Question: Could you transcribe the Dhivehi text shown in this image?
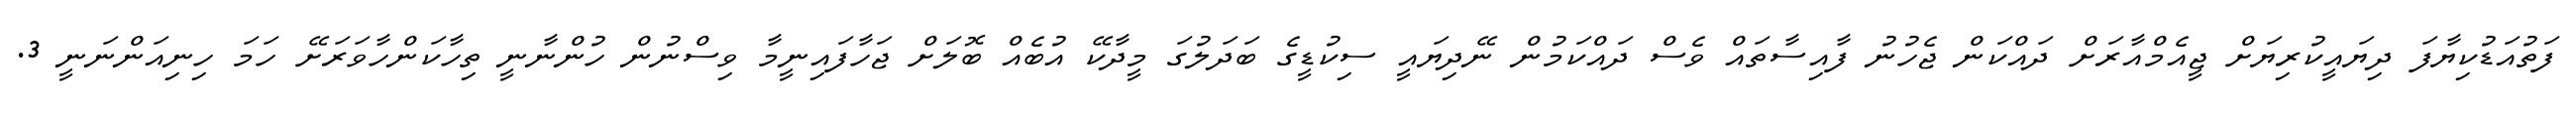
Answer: ފަތުއަޑުކިޔާފަ ދިޔައީކުރިޔަށް ޖީއެމްއާރަށް ދައްކަން ޖެހުނު ފާއިސާތައް ވެސް ދައްކަމުން ނޭދިޔައީ ސިކުޑީގެ ބަދަލުގަ މީދާކޭ އުބެއް ބޮލަށް ޖަހާފައިނީމާ ވިސްނުން ހުންނާނީ ތިހާކަންހާވަރަށޭ ހަމަ ހިނިއަންނަނީ 3.